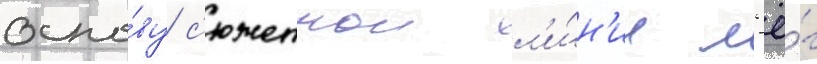
осно́ву с'южетнои л'и́н'ии л'ё́г